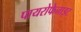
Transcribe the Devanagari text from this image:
पायरोफेनाइट